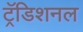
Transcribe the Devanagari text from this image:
ट्रॅडिशनल